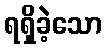
ရရှိခဲ့သော